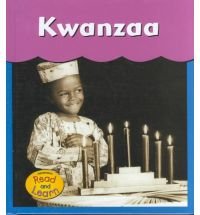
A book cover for Kwanzaa (Candle Time); Denise M. Jordan; Children's Books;